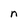
Character: n